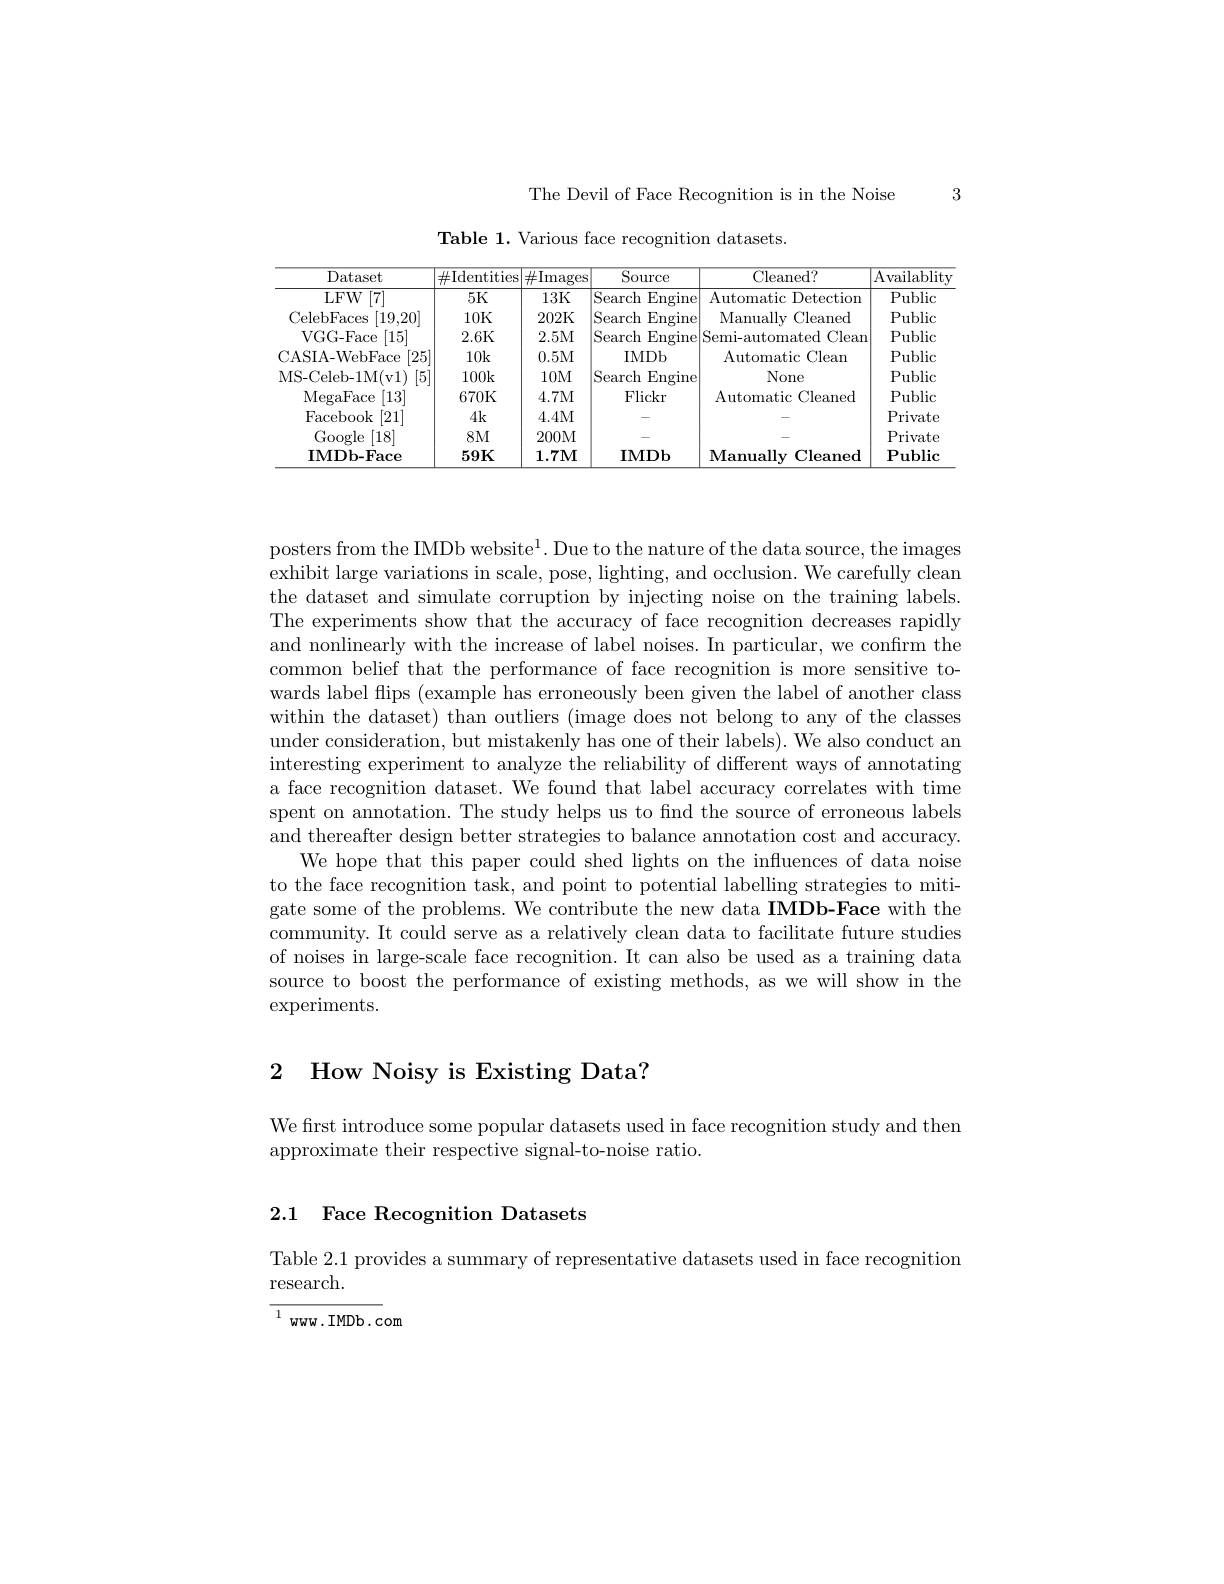
3

The Devil of Face Recognition is in the Noise

Table 1. Various face recognition datasets.

<table>
	<tbody>
		<tr>
			<th>Dataset</th>
			<th>$\#$Identities</th>
			<th>$\#$Images</th>
			<th>Source</th>
			<th>Cleaned?</th>
			<th>$Ar$ ${\mathrm{vailablity}}$</th>
		</tr>
		<tr>
			<td>$LFW$ $\left\lceil7\right\rceil$</td>
			<td>5K</td>
			<td>13K</td>
			<td>Search Engine</td>
			<td>Automatic Detection</td>
			<td>Public</td>
		</tr>
		<tr>
			<td>CelebFaces [19,20]</td>
			<td>10K</td>
			<td>202K</td>
			<td>Search $\operatorname{Engine}$</td>
			<td>Manually Cleaned</td>
			<td>Public</td>
		</tr>
		<tr>
			<td>VGG- Face [15]</td>
			<td>2.6K</td>
			<td>2.5M</td>
			<td>Search $\operatorname{Engine}$</td>
			<td>Semi-automated 1Clean</td>
			<td>Public</td>
		</tr>
		<tr>
			<td>CASIA- WebFace [25]</td>
			<td>10k</td>
			<td>0.5M</td>
			<td>IMDb</td>
			<td>Automatic Clean</td>
			<td>Public</td>
		</tr>
		<tr>
			<td>MS- Celeb- 1M( v1) [ 5] </td>
			<td>100k</td>
			<td>10M</td>
			<td>Search Engine</td>
			<td>None</td>
			<td>Public</td>
		</tr>
		<tr>
			<td>MegaFace [13]</td>
			<td>670K</td>
			<td>4.7M</td>
			<td>Flickr</td>
			<td>Automatic Cleaned</td>
			<td>Public</td>
		</tr>
		<tr>
			<td>Facebook [21]</td>
			<td>4k</td>
			<td>4.4M</td>
			<td> </td>
			<td> </td>
			<td>Private</td>
		</tr>
		<tr>
			<td>Google [18] </td>
			<td>$8M$</td>
			<td>200M</td>
			<td> </td>
			<td> </td>
			<td>Private</td>
		</tr>
		<tr>
			<td>IMDb- Face</td>
			<td>$59K$</td>
			<td>1.7M</td>
			<td>$\mathbf{IMDb}$</td>
			<td>Manually $\iota$ Cleaned</td>
			<td>$\mathbf{Public}$</td>
		</tr>
	</tbody>
</table>

posters from the IMDb website$^1.$ Due to the nature of the data source, the images exhibit large variations in scale, pose, lighting, and occlusion. We carefully clean the dataset and simulate corruption by injecting noise on the training labels. The experiments show that the accuracy of face recognition decreases rapidly and nonlinearly with the increase of label noises. In particular, we confirm the common belief that the performance of face recognition is more sensitive towards label flips (example has erroneously been given the label of another class within the dataset) than outliers (image does not belong to any of the classes under consideration, but mistakenly has one of their labels). We also conduct an interesting experiment to analyze the reliability of different ways of annotating a face recognition dataset. We found that label accuracy correlates with time spent on annotation. The study helps us to fnd the source of erroneous labels and thereafter design better strategies to balance annotation cost and accuracy.
We hope that this paper could shed lights on the influences of data noise to the face recognition task, and point to potential labelling strategies to mitigate some of the problems. We contribute the new data IMDb-Face with the community. It could serve as a relatively clean data to facilitate future studies of noises in large-scale face recognition. It can also be used as a training data source to boost the performance of existing methods, as we will show in the $\operatorname{experiments.}$

## 2 How Noisy is Existing Data?

We first introduce some popular datasets used in face recognition study and then
approximate their respective signal-to-noise ratio.

### 2.1 Face Recognition Datasets

Table 2.1 provides a summary of representative datasets used in face recognition
research.

$^{1}$ www.IMDb.com